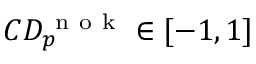
C D _ { p } ^ { \mathrm { ~ n ~ o ~ k ~ } } \in [ - 1 , 1 ]